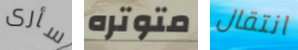
سأرى متوتره انتقال